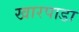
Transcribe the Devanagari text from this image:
खारपाडा